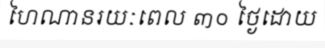
ហៃណានរយៈពេល ៣០ ថ្ងៃដោយ